Civil Veterinary Dept. Bombay admin report 1900-1906 - 1900-1906
Year: 1900
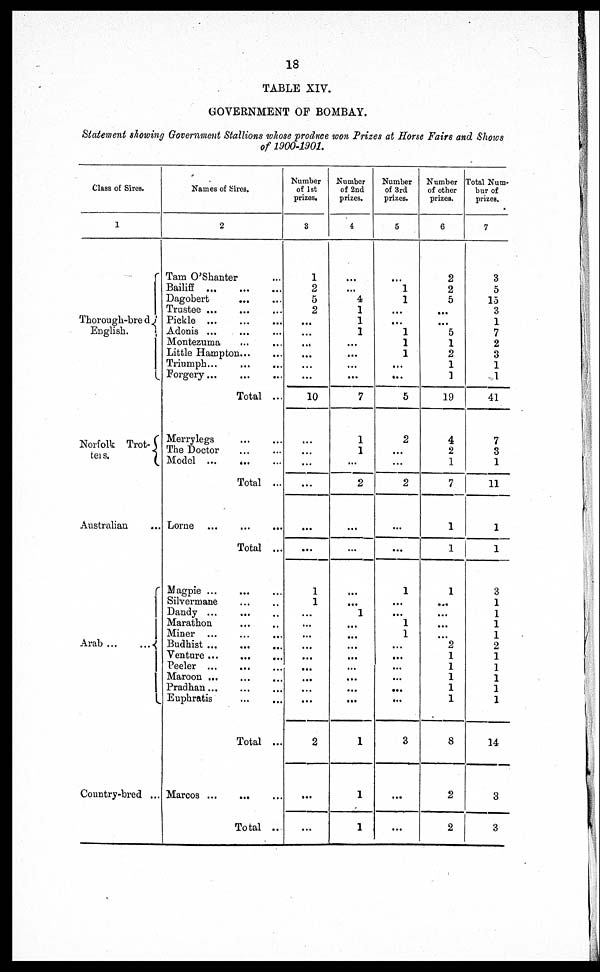
18
TABLE XIV.
GOVERNMENT OF BOMBAY.
Statement showing Government Stallions whose produce won Prizes at Horse Fairs and Shows
of 1900-1901.
Class of Sires.
1
Thorough-bred
English.
Norfolk Trot-
ters.
Australian
Arab
...
...
Country-bred ...
Names of Sires.
2
Tarn O'Shanter ...
Bailiff
Dagobert
... ...
Trustee ... ... ...
Pickle
Adonis ...
Montezuma
Little Hampton ... ...
Triumph ... ... ...
Forgery ... ... ...
Total ...
Merrylegs ... ...
The Doctor
...
...
Model
...
...
...
Total ...
Lorne ...
...
...
Total ...
Magpie ...
Silvermane ... ...
Dandy ...
Marathon
Miner
Budhist ... ... ...
Venture
Peeler
Maroon ...
Pradhan ... ... ...
Euphratis ... ...
Total ...
Marcos
Total ..
Number
of 1st
prizes.
3
1
2
5
2
...
...
...
...
...
...
10
...
...
...
...
...
...
1
1
...
...
...
...
...
...
...
...
...
2
...
...
Number
of 2nd
prizes.
4
...
...
4
1
1
1
...
...
...
...
7
1
1
...
2
...
...
...
...
1
...
...
...
...
...
...
...
...
1
1
1
Number
of 3rd
prizes.
5
...
1
1
...
...
1
1
1
...
...
5
2
...
...
2
...
...
1
...
...
1
1
...
...
...
...
...
...
3
...
...
Number
of other
prizes.
6
2
2
5
...
...
5
1
2
1
1
19
4
2
1
7
1
1
1
...
...
...
...
2
1
1
1
1
1
8
2
2
Total Num-
bur of
prizes.
7
3
5
15
3
1
7
2
3
1
1
41
7
3
1
11
1
1
3
1
1
1
1
2
1
1
1
1
1
14
3
3